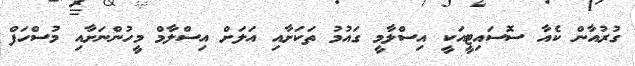
ގުރުއާން ކެއާ ސޮސައިޓީއަކީ އިސްލާމީ ގައުމު ތަކަށާއި އަލަށް އިސްލާމް މީހުންނަށާއި މުސްހަފް